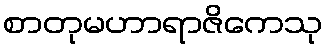
စာတုမဟာရာဇိကေသု